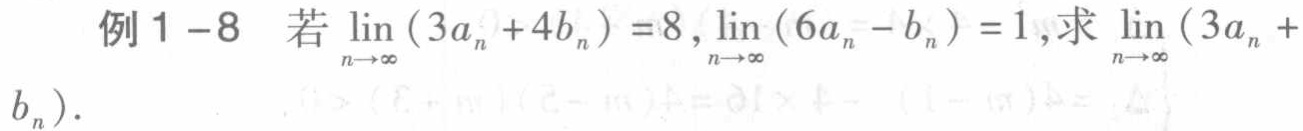
例1 -8 若$\lim\limits_{n \to \infty}(3a_{n}+4b_{n}) = 8$, $\lim\limits_{n \to \infty}(6a_{n}-b_{n}) = 1$, 求$\lim\limits_{n \to \infty}(3a_{n}+b_{n})$.